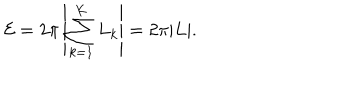
LaTeX: { \cal E } = 2 \pi \left| \sum _ { k = 1 } ^ { K } L _ { k } \right| = 2 \pi | L | .